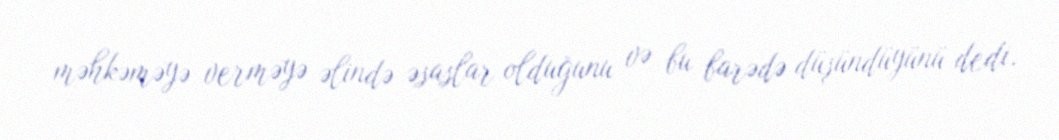
məhkəməyə verməyə əlində əsaslar olduğunu və bu barədə düşündüyünü dedi.